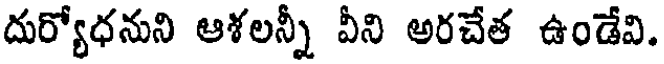
దుర్యోధనుని ఆశలన్నీ వీని అరచేత ఉండేవి.